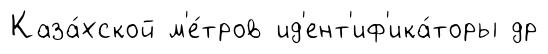
Каза́хской м'е́тров ид'ент'иф'ика́торы др